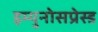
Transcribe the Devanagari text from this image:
इम्युनोसप्रेस्ड